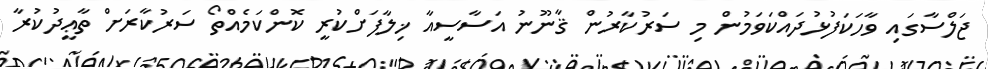
ޖަލްސާގައި ވާހަކަފުޅުދައްކަވަމުން މި ސަރުކާރުން ޤާނޫނު އަސާސީއާ ޚިލާފަށްކުރީ ކޮންކަމެއްތޯ ސަރުކާރަށް ތާޢީދުކުރާ